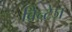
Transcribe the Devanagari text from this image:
विन्टेज